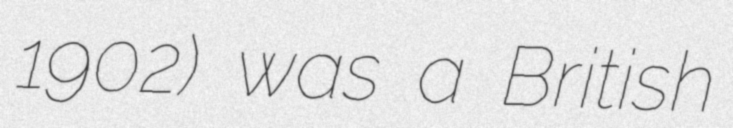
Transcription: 1902) was a British